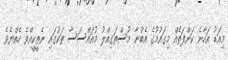
މިއަޑު އަހާނެ ކަންފަތެއް މިގައުމުގެ އެބުނާ މުސްތަގިއްލު މުއައްސަސާ ތަކުގައި ނެތީކީއްވެ ހެއްޔެވެ